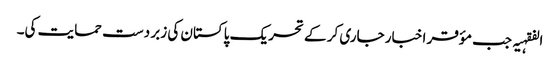
الفقہیہ جب مؤقر اخبار جاری کر کے تحریک پاکستان کی زبر دست حمایت کی۔